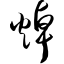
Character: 焯